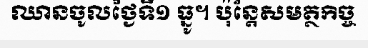
ឈានចូលថ្ងៃទី១ ធ្នូ។ ប៉ុន្តែសមត្ថកិច្ច